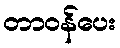
တာဝန်ပေး